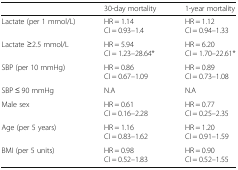
|  | 30-day mortality | 1-year mortality |
 | --- | --- | --- |
 | Lactate (per 1 mmol/L) | HR = 1.14CI = 0.93–1.4 | HR = 1.12CI = 0.94–1.33 |
 | Lactate ≥2.5 mmol/L | HR = 5.94CI = 1.23–28.64* | HR = 6.20CI = 1.70–22.61* |
 | SBP (per 10 mmHg) | HR = 0.86CI = 0.67–1.09 | HR = 0.89CI = 0.73–1.08 |
 | SBP ≤ 90 mmHg | N.A | N.A |
 | Male sex | HR = 0.61CI = 0.16–2.28 | HR = 0.77CI = 0.25–2.35 |
 | Age (per 5 years) | HR = 1.16CI = 0.83–1.62 | HR = 1.20CI = 0.91–1.59 |
 | BMI (per 5 units) | HR = 0.98CI = 0.52–1.83 | HR = 0.90CI = 0.52–1.55 |